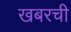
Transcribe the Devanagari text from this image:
खबरची